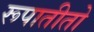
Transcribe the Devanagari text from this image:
रूपातीतो